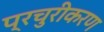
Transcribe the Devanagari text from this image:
प्रचुरीकरण